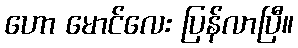
ဟော မောင်လေး ပြန်လာပြီ။